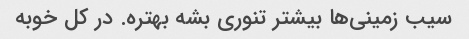
سیب زمینی‌ها بیشتر تنوری بشه بهتره. در کل خوبه